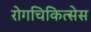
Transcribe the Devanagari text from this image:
रोगचिकित्सेस